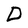
Character: D